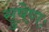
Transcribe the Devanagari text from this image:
सुषेणः